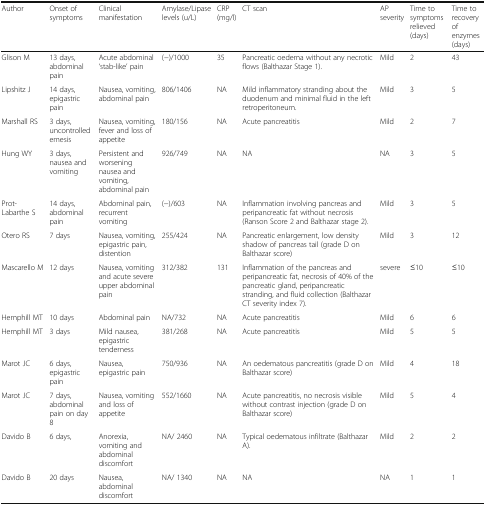
<table><thead><tr><td><b>Author</b></td><td><b>Onset of symptoms</b></td><td><b>Clinical manifestation</b></td><td><b>Amylase/Lipase levels (u/L)</b></td><td><b>CRP (mg/l)</b></td><td><b>CT scan</b></td><td><b>AP severity</b></td><td><b>Time to symptoms relieved (days)</b></td><td><b>Time to recovery of enzymes (days)</b></td></tr></thead><tbody><tr><td>Glison M</td><td>13 days, abdominal pain</td><td>Acute abdominal ‘stab-like’ pain</td><td>(−)/1000</td><td>35</td><td>Pancreatic oedema without any necrotic flows (Balthazar Stage 1).</td><td>Mild</td><td>2</td><td>43</td></tr><tr><td>Lipshitz J</td><td>14 days, epigastric pain</td><td>Nausea, vomiting, abdominal pain</td><td>806/1406</td><td>NA</td><td>Mild inflammatory stranding about the duodenum and minimal fluid in the left retroperitoneum.</td><td>Mild</td><td>3</td><td>5</td></tr><tr><td>Marshall RS</td><td>3 days, uncontrolled emesis</td><td>Nausea, vomiting, fever and loss of appetite</td><td>180/156</td><td>NA</td><td>Acute pancreatitis</td><td>Mild</td><td>2</td><td>7</td></tr><tr><td>Hung WY</td><td>3 days, nausea and vomiting</td><td>Persistent and worsening nausea and vomiting, abdominal pain</td><td>926/749</td><td>NA</td><td>NA</td><td>NA</td><td>3</td><td>5</td></tr><tr><td>Prot-Labarthe S</td><td>14 days, abdominal pain</td><td>Abdominal pain, recurrent vomiting</td><td>(−)/603</td><td>NA</td><td>Inflammation involving pancreas and peripancreatic fat without necrosis (Ranson Score 2 and Balthazar stage 2).</td><td>Mild</td><td>3</td><td>5</td></tr><tr><td>Otero RS</td><td>7 days</td><td>Nausea, vomiting, epigastric pain, distention</td><td>255/424</td><td>NA</td><td>Pancreatic enlargement, low density shadow of pancreas tail (grade D on Balthazar score)</td><td>Mild</td><td>3</td><td>12</td></tr><tr><td>Mascarello M</td><td>12 days</td><td>Nausea, vomiting and acute severe upper abdominal pain</td><td>312/382</td><td>131</td><td>Inflammation of the pancreas and peripancreatic fat, necrosis of 40% of the pancreatic gland, peripancreatic stranding, and fluid collection (Balthazar CT severity index 7).</td><td>severe</td><td>≤10</td><td>≤10</td></tr><tr><td>Hemphill MT</td><td>10 days</td><td>Abdominal pain</td><td>NA/732</td><td>NA</td><td>Acute pancreatitis</td><td>Mild</td><td>6</td><td>6</td></tr><tr><td>Hemphill MT</td><td>3 days</td><td>Mild nausea, epigastric tenderness</td><td>381/268</td><td>NA</td><td>Acute pancreatitis</td><td>Mild</td><td>5</td><td>5</td></tr><tr><td>Marot JC</td><td>6 days, epigastric pain</td><td>Nausea, epigastric pain</td><td>750/936</td><td>NA</td><td>An oedematous pancreatitis (grade D on Balthazar score)</td><td>Mild</td><td>4</td><td>18</td></tr><tr><td>Marot JC</td><td>7 days, abdominal pain on day 8</td><td>Nausea, vomiting and loss of appetite</td><td>552/1660</td><td>NA</td><td>Acute pancreatitis, no necrosis visible without contrast injection (grade D on Balthazar score)</td><td>Mild</td><td>5</td><td>4</td></tr><tr><td>Davido B</td><td>6 days,</td><td>Anorexia, vomiting and abdominal discomfort</td><td>NA/ 2460</td><td>NA</td><td>Typical oedematous infiltrate (Balthazar A).</td><td>Mild</td><td>2</td><td>2</td></tr><tr><td>Davido B</td><td>20 days</td><td>Nausea, abdominal discomfort</td><td>NA/ 1340</td><td>NA</td><td>NA</td><td>NA</td><td>1</td><td>1</td></tr></tbody></table>